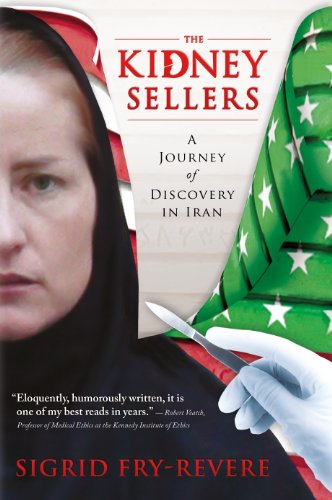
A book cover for The Kidney Sellers: A Journey of Discovery in Iran; Sigrid Fry-Revere; Law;